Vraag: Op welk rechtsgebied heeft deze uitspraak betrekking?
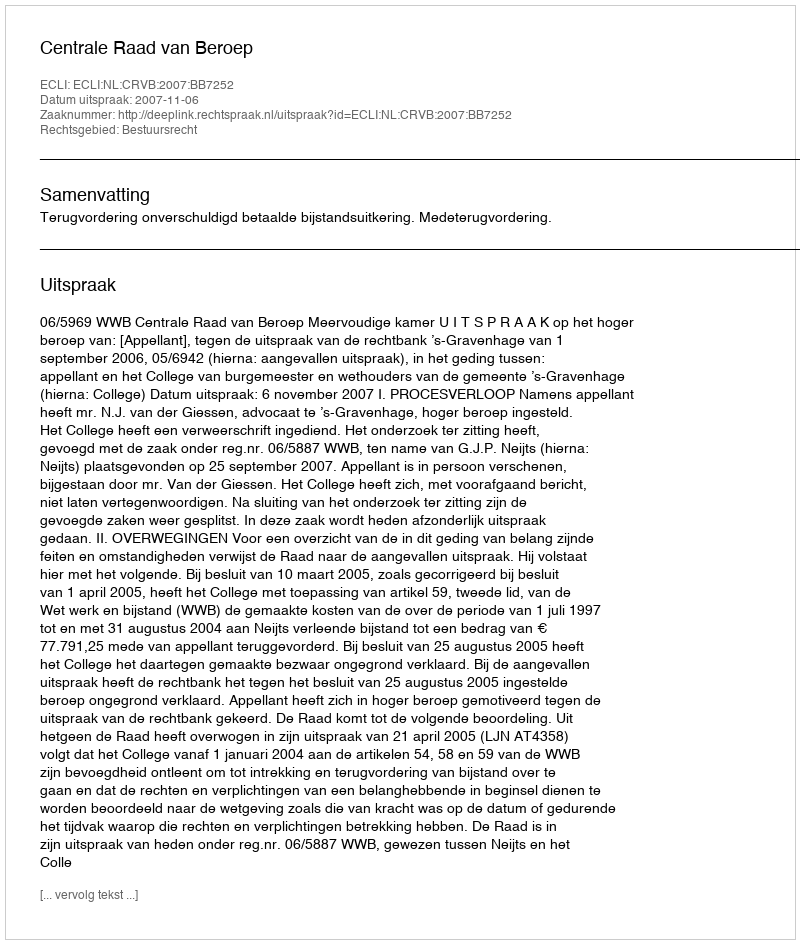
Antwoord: Bestuursrecht